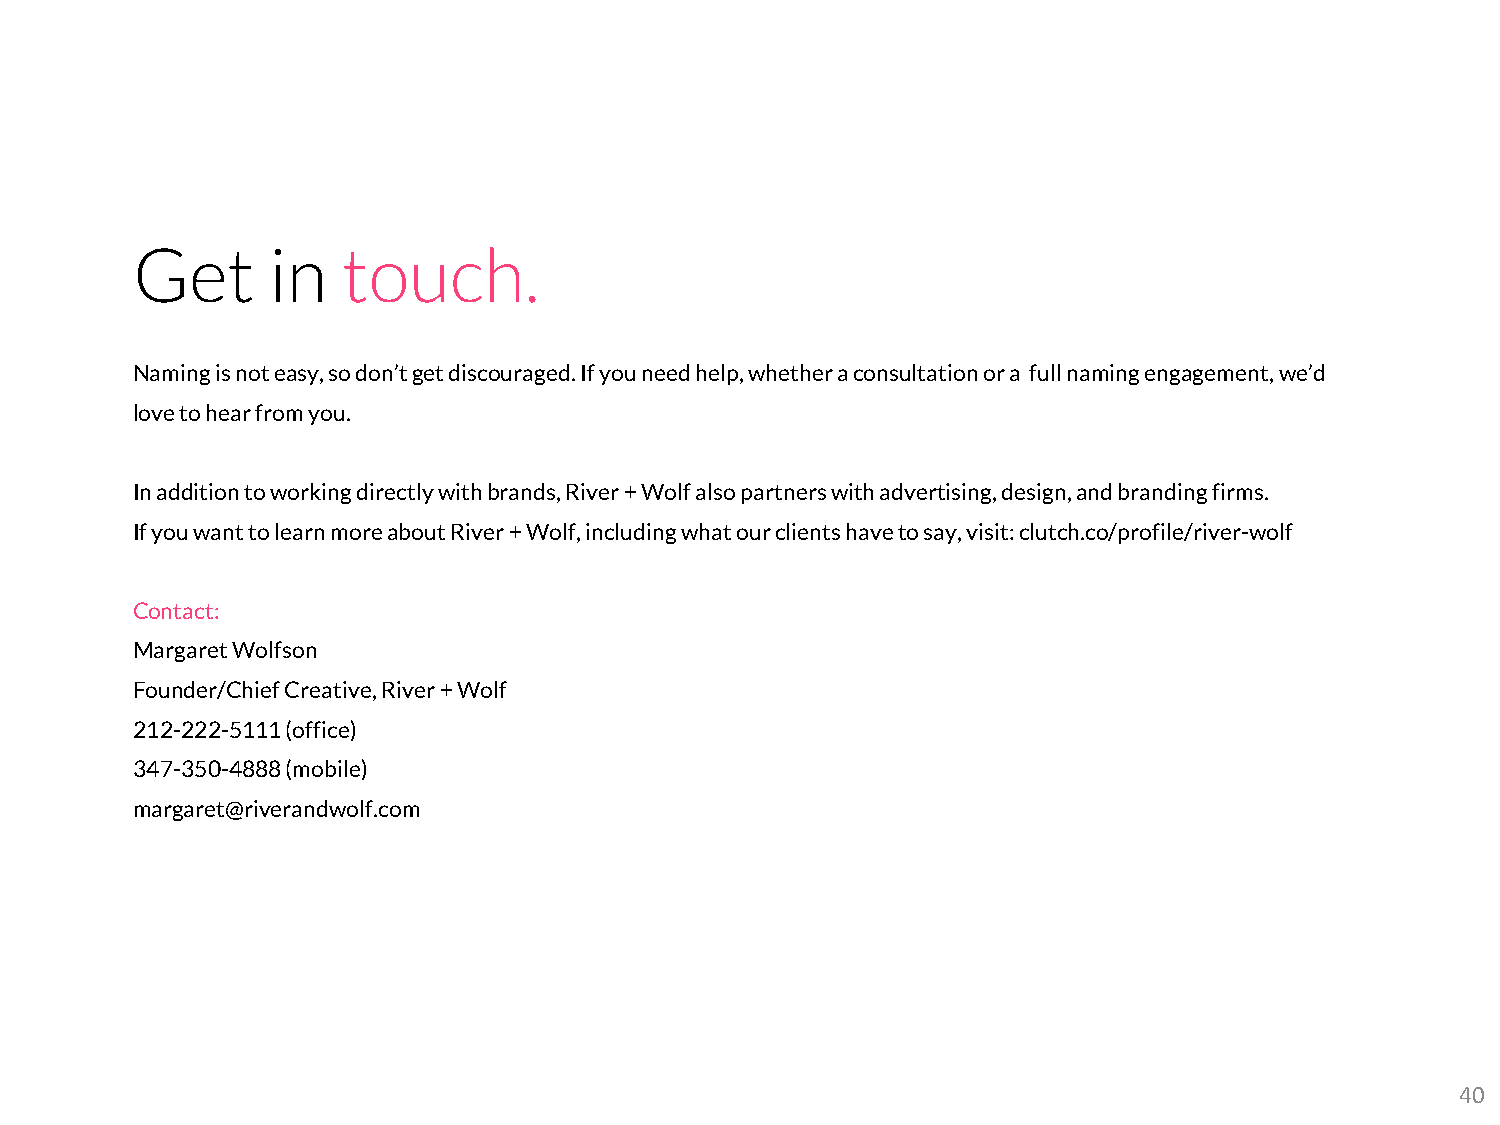
Get      in   touch.
 Naming is not easy, so don’t get discouraged. If you need help, whether a consultation or a full naming engagement, we’d
 love to hear from you.
 In addition to working directly with brands, River + Wolf also partners with advertising, design, and branding firms.
 If you want to learn more about River + Wolf, including what our clients have to say, visit: clutch.co/profile/river-wolf
 Contact:
 Margaret Wolfson
 Founder/Chief Creative, River + Wolf
 212-222-5111 (office)
 347-350-4888 (mobile)
 margaret@riverandwolf.com
 40